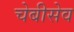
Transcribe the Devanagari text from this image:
चेबीसेव